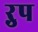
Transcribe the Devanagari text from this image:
ऱुप